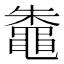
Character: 鼄